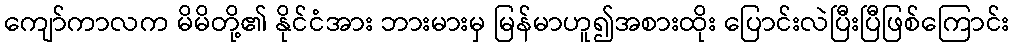
ကျော်ကာလက မိမိတို့၏ နိုင်ငံအား ဘားမားမှ မြန်မာဟူ၍အစားထိုး ပြောင်းလဲပြီးပြီဖြစ်ကြောင်း